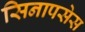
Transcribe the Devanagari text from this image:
सिनापसेस